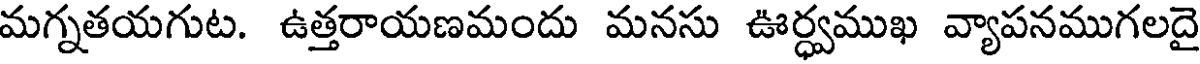
మగ్నతయగుట. ఉత్తరాయణమందు మనసు ఊర్వముఖ వ్యాపనముగలదై